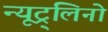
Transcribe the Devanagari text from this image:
न्यूट्र्लिनो